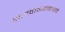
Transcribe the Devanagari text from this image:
भगवानबाबांकडे